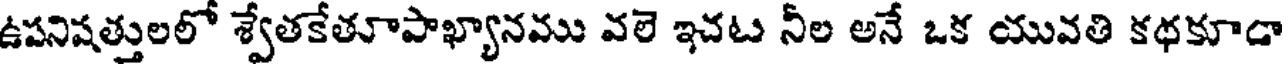
ఉపనిషత్తులలో శ్వేతకేతూపాఖ్యానము వలె ఇచట నీల అనే ఒక యువతి కథకూడా